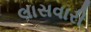
લાસવારી